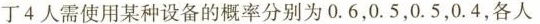
丁4人需使用某种设备的概率分别为0.6,0.5,0.5,0.4,各人